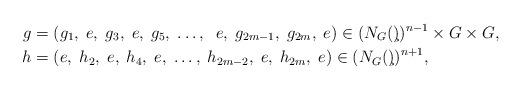
LaTeX: \begin{align*}g& =(g_1, \; e, \;g_3,\; e,\; g_5,\; \ldots, \; \;e, \;g_{2m-1},\; g_{2m}, \; e) \in (N_G(\c))^{n-1} \times G \times G,\\h &= (e, \;h_2,\; e, \;h_4,\; e, \;\ldots,\;h_{2m-2}, \; e, \;h_{2m}, \; e)\in (N_G(\c))^{n+1},\end{align*}